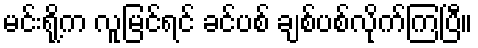
မင်းရို့က လူမြင်ရင် ခင်ပစ် ချစ်ပစ်လိုက်ကြပြီ။